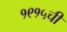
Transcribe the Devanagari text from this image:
१९१५ची